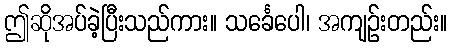
ဤဆိုအပ်ခဲ့ပြီးသည်ကား။ သင်္ခေပေါ၊ အကျဉ်းတည်း။